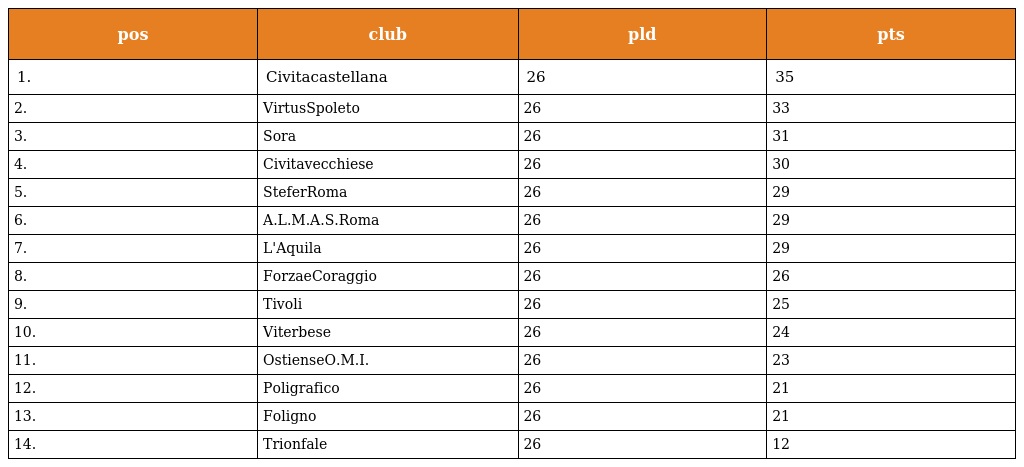
| pos | club | pld | pts |
 | --- | --- | --- | --- |
 | 1. | Civitacastellana | 26 | 35 |
 | 2. | VirtusSpoleto | 26 | 33 |
 | 3. | Sora | 26 | 31 |
 | 4. | Civitavecchiese | 26 | 30 |
 | 5. | SteferRoma | 26 | 29 |
 | 6. | A.L.M.A.S.Roma | 26 | 29 |
 | 7. | L'Aquila | 26 | 29 |
 | 8. | ForzaeCoraggio | 26 | 26 |
 | 9. | Tivoli | 26 | 25 |
 | 10. | Viterbese | 26 | 24 |
 | 11. | OstienseO.M.I. | 26 | 23 |
 | 12. | Poligrafico | 26 | 21 |
 | 13. | Foligno | 26 | 21 |
 | 14. | Trionfale | 26 | 12 |